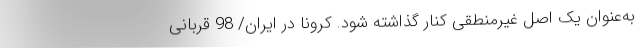
به‌عنوان یک اصل غیرمنطقی کنار گذاشته شود. کرونا در ایران/ 98 قربانی